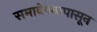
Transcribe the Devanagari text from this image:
समावेषनापासून